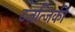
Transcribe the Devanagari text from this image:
टज़त्ज़िकी